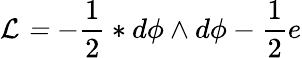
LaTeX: \mathcal{L=-}\frac{1}{2}\ast d\phi\wedge d\phi-\frac{1}{2}e